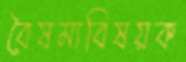
বৈষম্যবিষয়ক